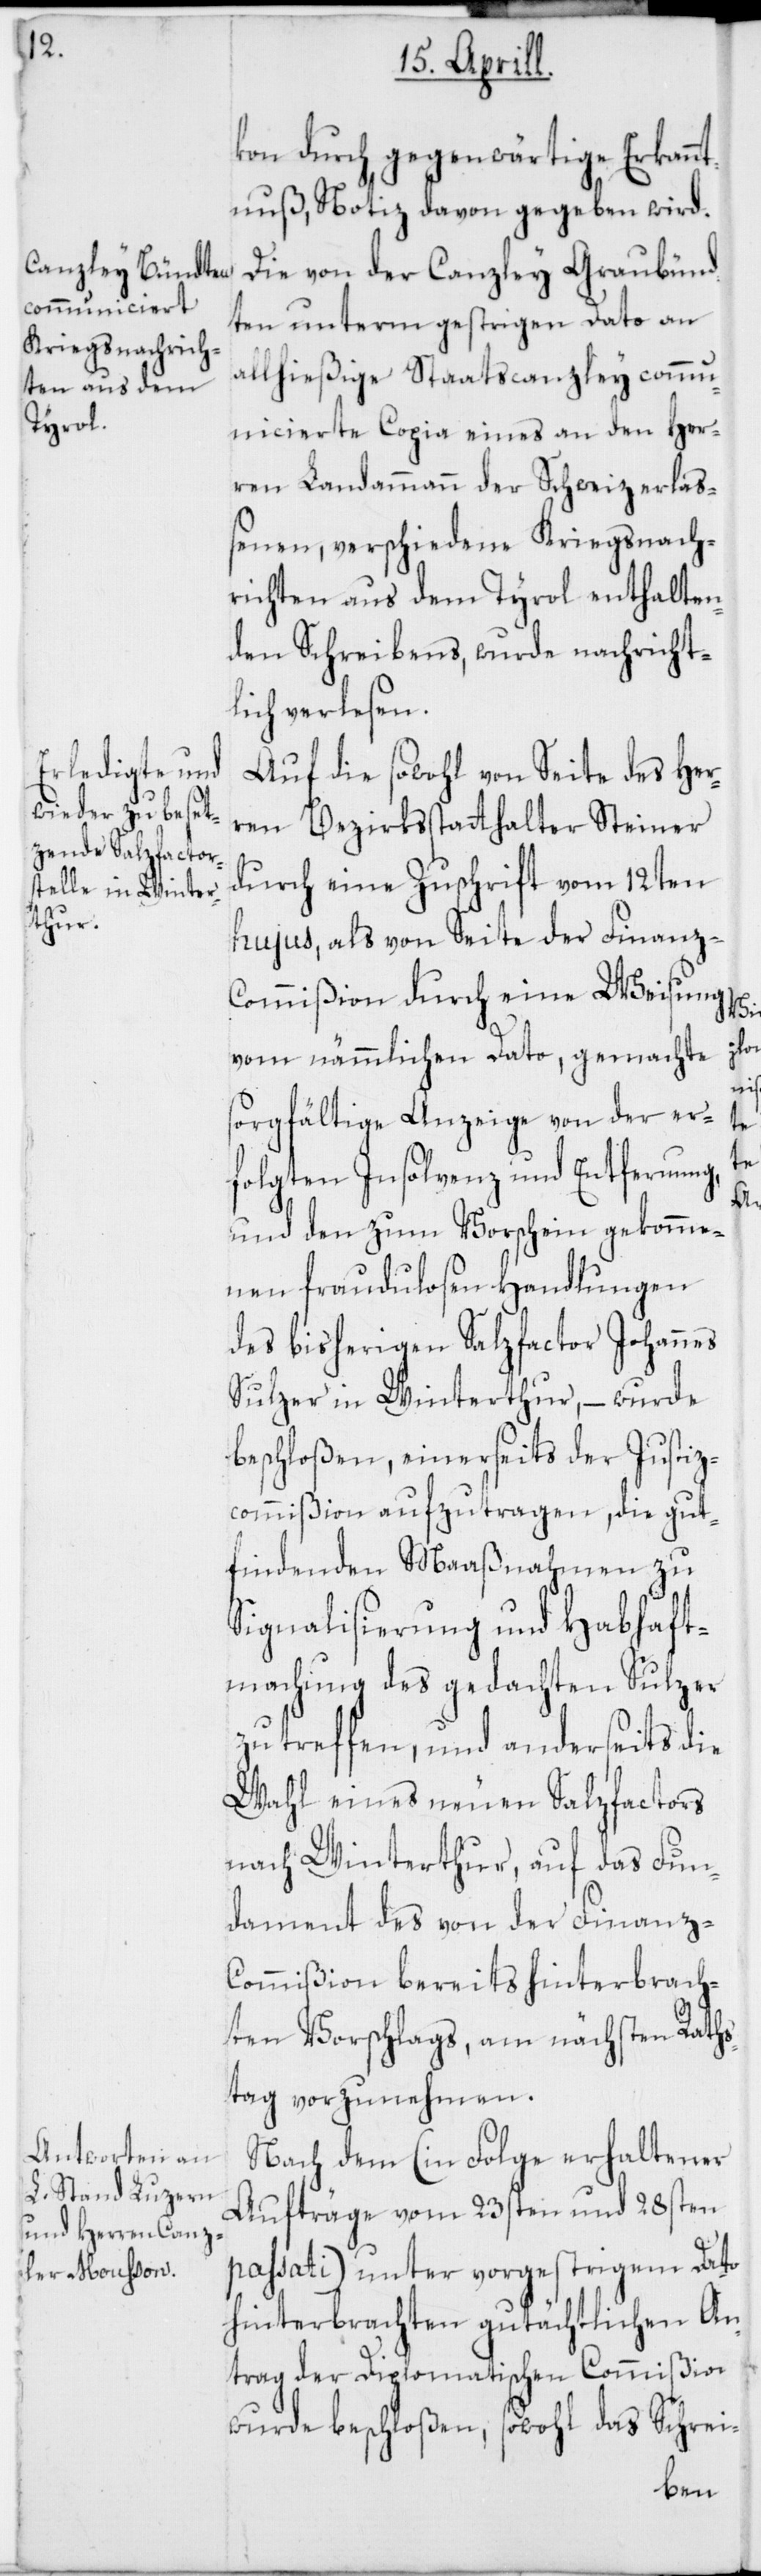
kon durch gegenwärtige Erkannt¬
nuß, Notiz davon gegeben wird.
Die von der Canzley Graubünd¬
ten unterm gestrigen Dato an
allhießige Staatscanzley comm¬
unicierte Copia eines an den Her¬
ren Landammann der Schweiz erlaß¬
enen, verschiedene Kriegsnach¬
richten aus dem Tyrol enthalten¬
den Schreibens, wurde nachricht¬
lich verlesen.
Auf die sowohl von Seite des Her¬
ren Bezirksstatthalter Steiner
durch eine Zuschrift vom 12ten
hujus, als von Seite der Finanz-C¬
ommißion durch eine Weisung
vom nämmlichen Dato, gemachte
sorgfältige Anzeige von der er¬
folgten Insolvenz und Entfernung,
und dem zum Vorschein gekomme¬
nen fraudulosen Handlungen
des bisherigen Salzfactor Johannes
Sulzer in Winterthur, – wurde
beschloßen, einerseits der Justiz¬
commißion aufzutragen, die gut
findenden Maaßnahmen zu
Signalisierung und Habhaft¬
machung des gedachten Sulzer
zu treffen, und anderseits die
Wahl eines neuen Salzfactors
nach Winterthur, auf das Fun¬
dament des von der Finanz-C¬
ommißion bereits hinterbrach¬
ten Vorschlags, am nächsten Raths¬
tag vorzunehmen.
Nach dem (in Folge erhaltener
Aufträge vom 23sten und 28sten
passati) unter vorgestrigem Dato
hinterbrachten gutächtlichen An¬
trag der Diplomatischen Commißion
wurde beschloßen, sowohl das Schrei-